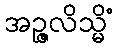
အဉ္ဇလိသ္မိံ